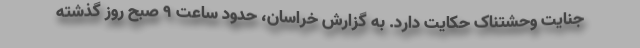
جنایت وحشتناک حکایت دارد. به گزارش خراسان، حدود ساعت 9 صبح روز گذشته